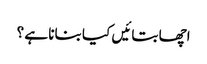
اچھا بتائیں کیا بنانا ہے ؟